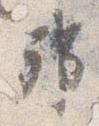
邦